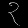
Digit: ၃